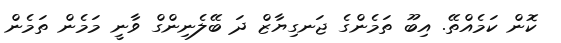
ކޮން ކަމެއްތޭ. އިބޫ ތަމެންގެ ޖަނގިޔާޒް ދަ ބޭލެނިންގް ވާނީ މަމެން ތަމެން